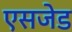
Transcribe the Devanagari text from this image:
एसजेड